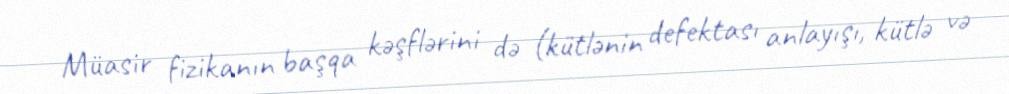
Müasir fizikanın başqa kəşflərini də (kütlənin defektası anlayışı, kütlə və